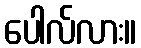
ပေါလ်လား။